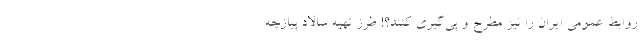
روابط عمومی ایران را نیز مطرح و پی‌گیری کنند‌؟! طرز تهیه سالاد پیازچه